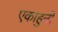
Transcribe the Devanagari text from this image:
एकाहुनी